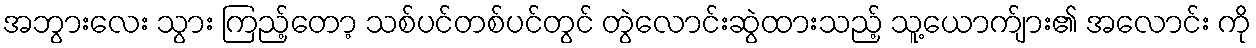
အဘွားလေး သွား ကြည့်တော့ သစ်ပင်တစ်ပင်တွင် တွဲလောင်းဆွဲထားသည့် သူ့ယောက်ျား၏ အလောင်း ကို